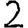
Digit: 2